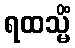
ရထသ္မိံ